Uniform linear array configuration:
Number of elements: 16
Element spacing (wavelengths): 0.75
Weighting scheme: hann
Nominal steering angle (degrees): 15
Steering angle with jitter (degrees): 13.026
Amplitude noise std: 0.05
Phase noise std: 0.05

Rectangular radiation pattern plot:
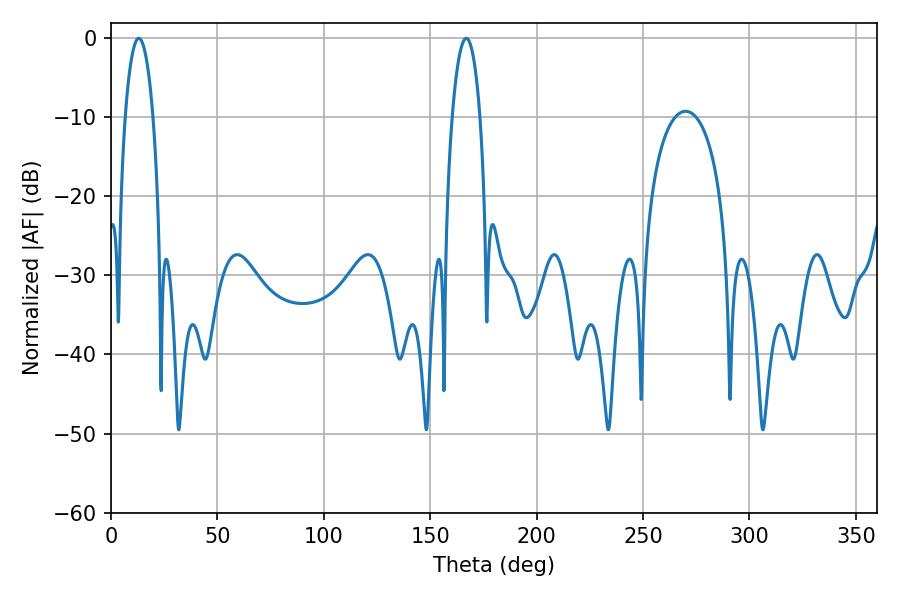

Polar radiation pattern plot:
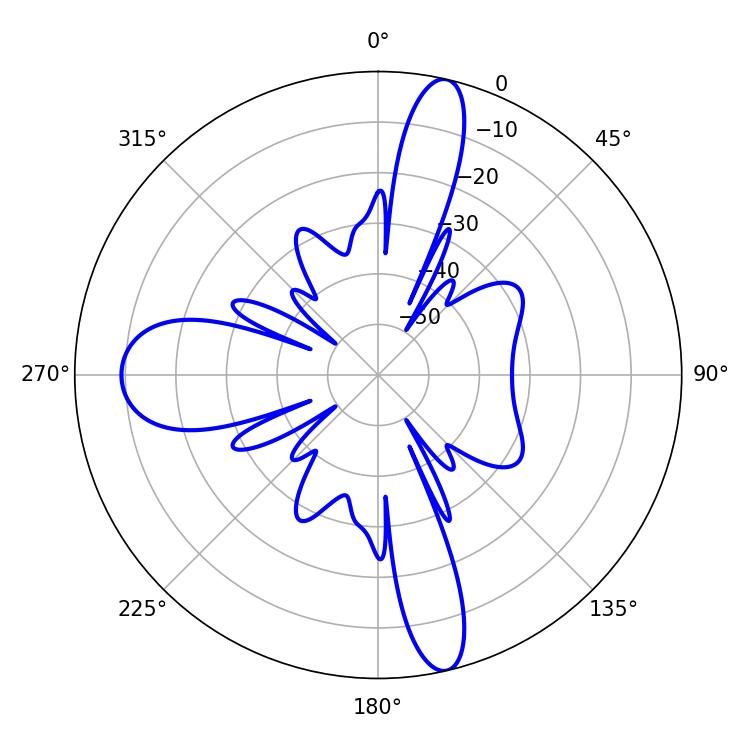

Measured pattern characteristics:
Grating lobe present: TRUE
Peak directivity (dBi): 19.416
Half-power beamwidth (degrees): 7.38
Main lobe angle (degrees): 13.14